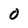
Character: 0